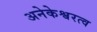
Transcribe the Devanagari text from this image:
अनेकेश्वरत्व